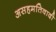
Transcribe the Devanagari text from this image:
असहमतिवादी